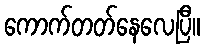
ကောက်တတ်နေလေပြီ။